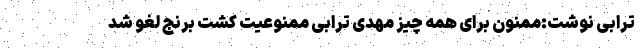
ترابی نوشت:ممنون برای همه چیز مهدی ترابی ‌ممنوعیت کشت برنج لغو شد